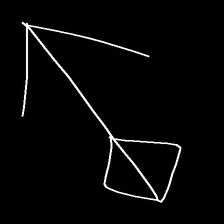
Glyph: focus